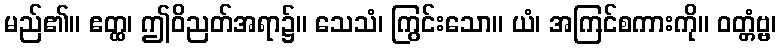
မည်၏။ ဧတ္ထ၊ ဤဝိညတ်အရာ၌။ သေသံ၊ ကြွင်းသော။ ယံ၊ အကြင်စကားကို။ ဝတ္တံဗ္ဗ၊